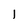
Character: l